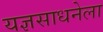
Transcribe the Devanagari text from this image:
यज्ञसाधनेला